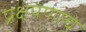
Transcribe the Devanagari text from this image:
प्रक्षेपणाचे